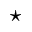
\star